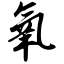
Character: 氧